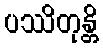
ပဿိတုန္တိ